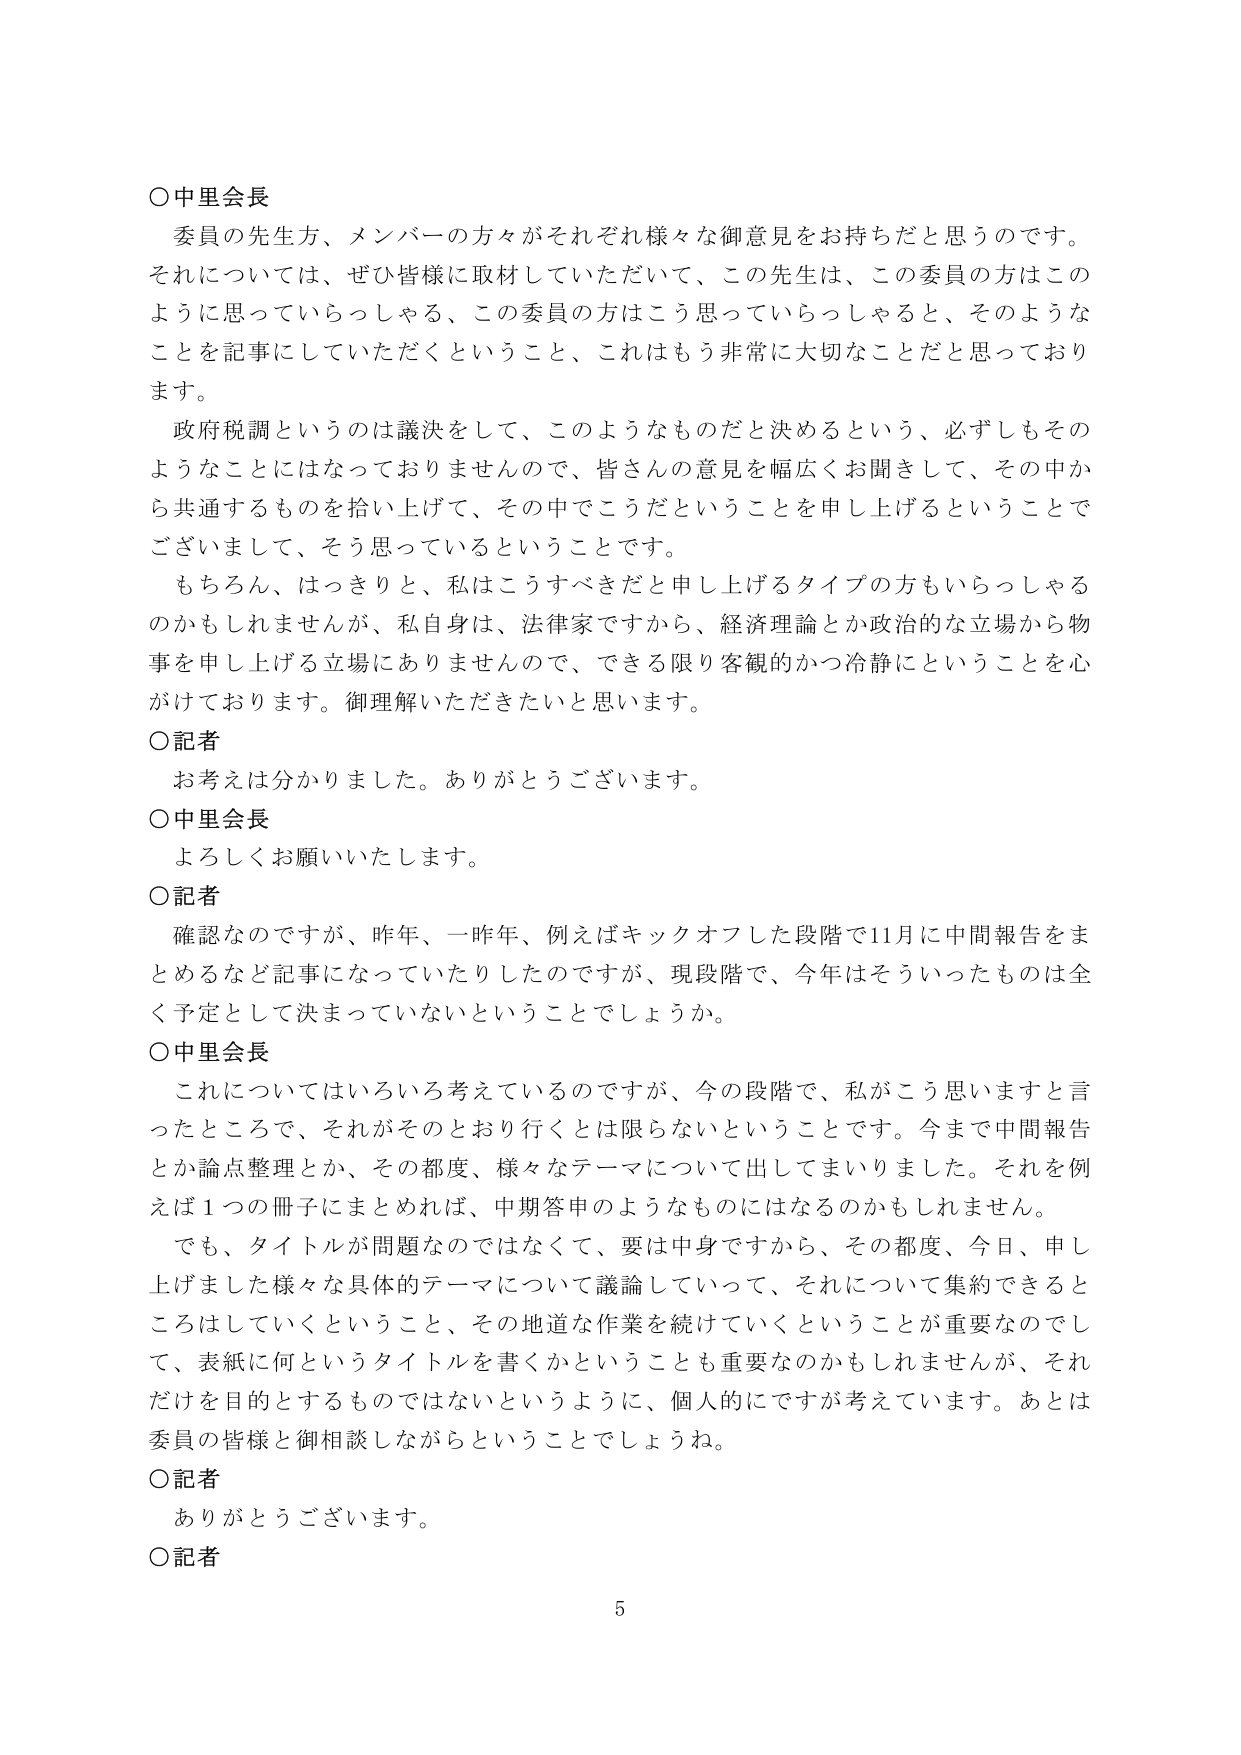
○中里会長
委員の先生方、メンバーの方々がそれぞれ様々な御意見をお持ちだと思うのです。
それについては、ぜひ皆様に取材していただいて、この先生は、この委員の方はこのように思っていらっしゃる、この委員の方はこう思っていらっしゃると、そのようなことを記事にしていただくということ、これはもう非常に大切なことだと思っております。
政府税調というのは議決をして、このようなものだと決めるという、必ずしもそのようなことにはなっておりませんので、皆さんの意見を幅広くお聞きして、その中から共通するものを拾い上げて、その中でこうだということを申し上げるということでございまして、そう思っているということです。
もちろん、はっきりと、私はこうすべきだと申し上げるタイプの方もいらっしゃるのかもしれませんが、私自身は、法律家ですから、経済理論とか政治的な立場から物事を申し上げる立場にありませんので、できる限り客観的かつ冷静にということを心がけております。御理解いただきたいと思います。

○記者
お考えは分かりました。ありがとうございます。

○中里会長
よろしくお願いいたします。

○記者
確認なのですが、昨年、一昨年、例えばキックオフした段階で11月に中間報告をまとめるなど記事になっていたりしたのですが、現段階で、今年はそういったものは全く予定として決まっていないということでしょうか。

○中里会長
これについてはいろいろ考えているのですが、今の段階で、私がこう思いますと言ったところで、それがそのとおり行くとは限らないということです。今まで中間報告とか論点整理とか、その都度、様々なテーマについて出してまいりました。それを例えば1つの冊子にまとめれば、中期答申のようなものにはなるのかもしれません。
でも、タイトルが問題なのではなくて、要は中身ですから、その都度、今日、申し上げました様々な具体的テーマについて議論していって、それについて集約できるところはしていくということ、その地道な作業を続けていくということが重要なのでして、表紙に何というタイトルを書くかということも重要なのかもしれませんが、それだけを目的とするものではないというように、個人的にですが考えています。あとは委員の皆様と御相談しながらということでしようね。

○記者
ありがとうございます。

○記者
5